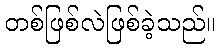
တစ်ဖြစ်လဲဖြစ်ခဲ့သည်။